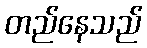
တည်နေသည်